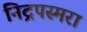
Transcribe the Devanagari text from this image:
निद्रपस्मरा